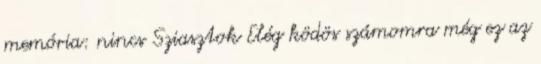
memória: nincs Sziasztok Elég ködös számomra még ez az